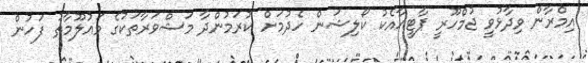
އިމްރާން ވިދާޅުވީ ޖުމްހޫރީ ޕާޓީއާއެކު ކޯލިޝަން ހެދުމަށް ކުރަމުންދާ މަޝްވަރާތަކުގެ މައުލޫމާތު ފަހުން